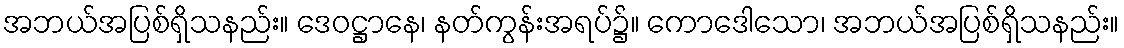
အဘယ်အပြစ်ရှိသနည်း။ ဒေဝဋ္ဌာနေ၊ နတ်ကွန်းအရပ်၌။ ကောဒေါသော၊ အဘယ်အပြစ်ရှိသနည်း။